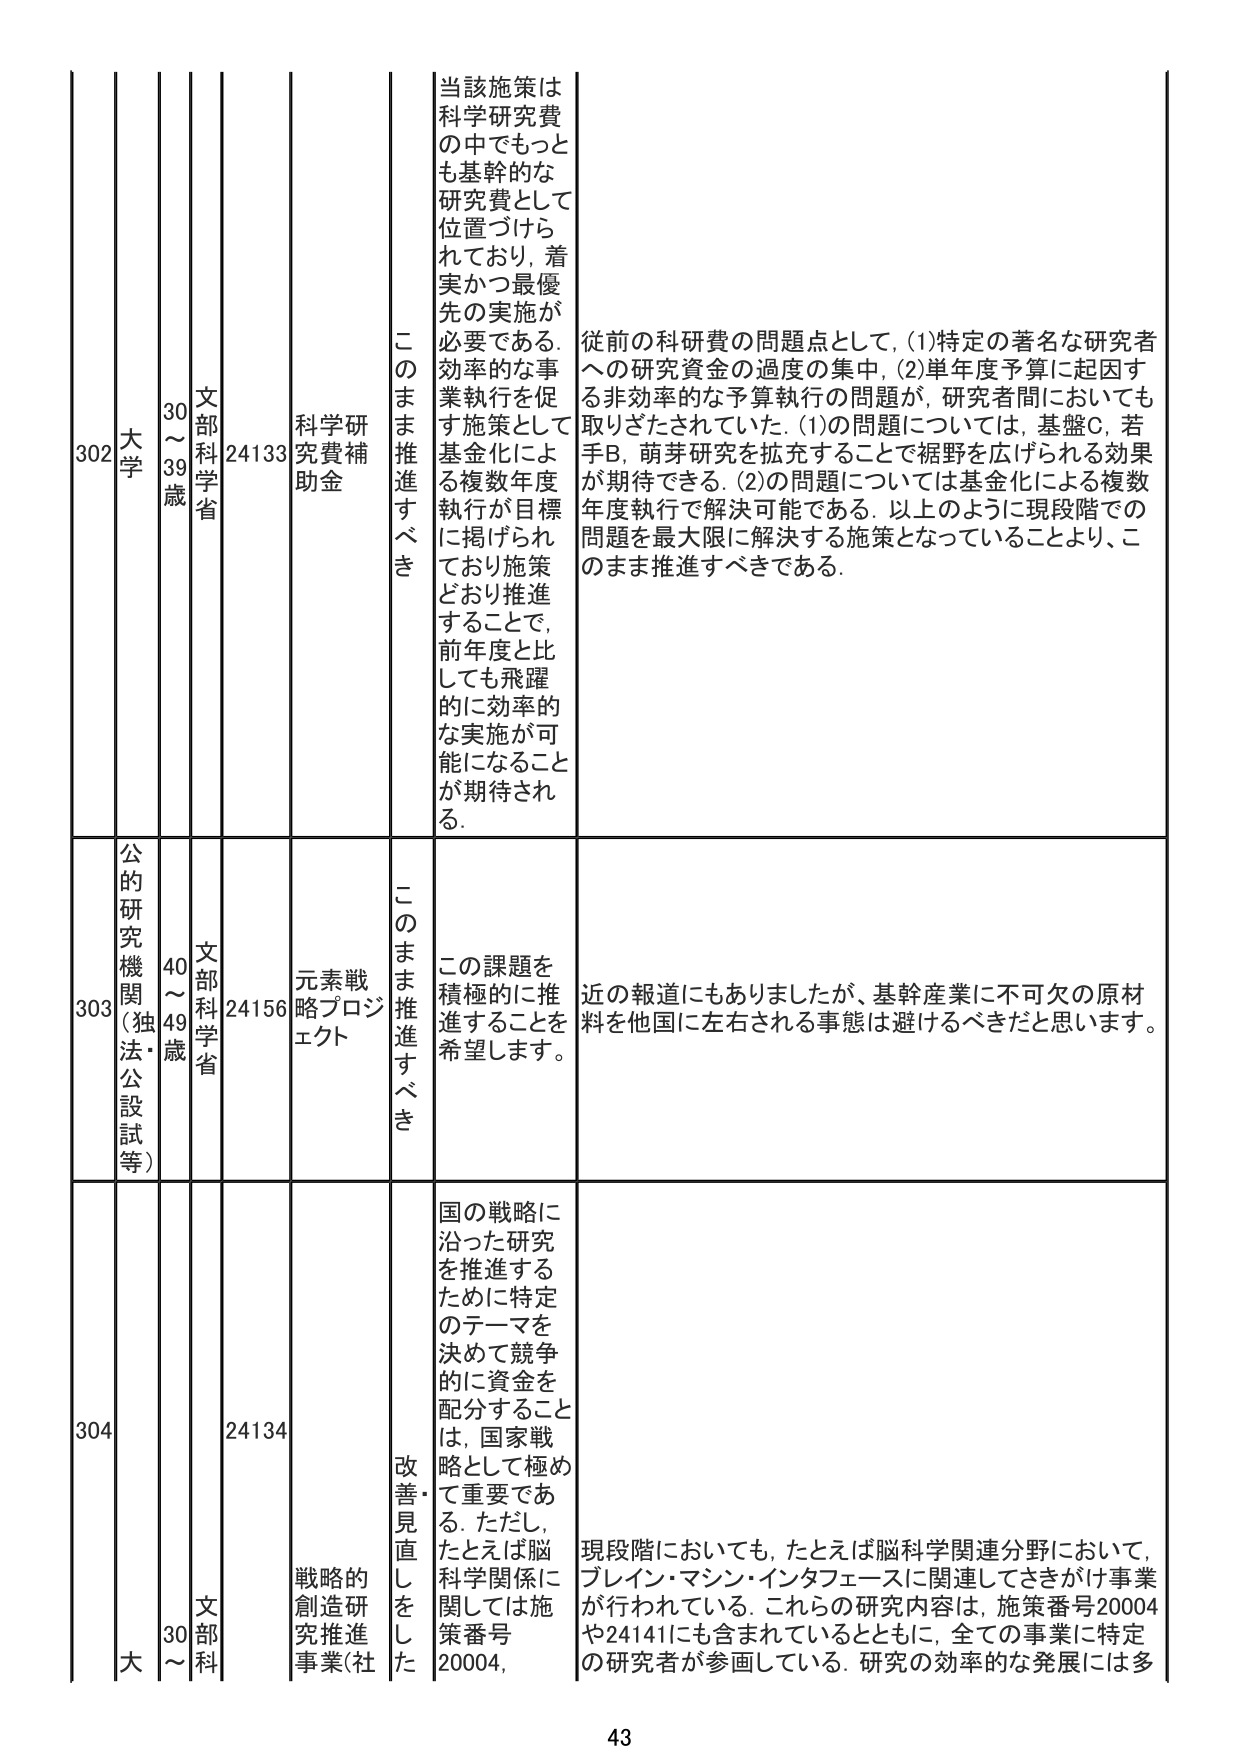
302 大学 30～39歳 文部科学省 24133 科学研究費補助金 このまま推進すべき 当該施策は科学研究費の中でもっとも基幹的な研究費として位置づけられており、着実かつ最優先の実施が必要である。効率的な事業執行を促す施策として基金化による複数年度執行が目標に掲げられており施策どおり推進することで、前年度と比しても飛躍的に効率的な実施が可能になることが期待される。 従前の科研費の問題点として、(1)特定の著名な研究者への研究資金の過度の集中、(2)単年度予算に起因する非効率的な予算執行の問題が、研究者間においても取りざたされていた。(1)の問題については、基盤C、若手B、萌芽研究を拡充することで裾野を広げられる効果が期待できる。(2)の問題については基金化による複数年度執行で解決可能である。以上のように現段階での問題を最大限に解決する施策となっていることより、このまま推進すべきである。

303 公的研究機関（独法・公設試等） 40～49歳 文部科学省 24156 元素戦略プロジェクト このまま推進すべき この課題を積極的に推進することを希望します。 近の報道にもありましたか、基幹産業に不可欠の原材料を他国に左右される事態は避けるべきだと思います。

304 大 30～ 文部科 24134 戦略的創造研究推進事業(社 改善・見直しをした 国の戦略に沿った研究を推進するために特定のテーマを決めて競争的に資金を配分することは、国家戦略として極めて重要である。ただし、たとえば脳科学関係に関しては施策番号20004、 現段階においても、たとえば脳科学関連分野において、ブレイン・マシン・インタフェースに関連してさきがけ事業が行われている。これらの研究内容は、施策番号20004や24141にも含まれているとともに、全ての事業に特定の研究者が参画している。研究の効率的な発展には多

43